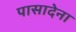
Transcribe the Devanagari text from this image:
पासादेना